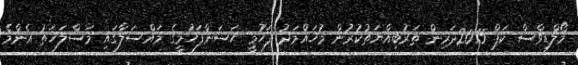
މޯލްޑިވްސް ކަޕް 2015ދަރިން ތަރުބިއްޔަތުކުރުން މުހައްމަދު ފަހުމީ ހަސަންފަހުމީގެ މައްސަލާގައި މަސްލަހަތު އެންމެ